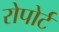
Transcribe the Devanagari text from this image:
रोपोर्ट